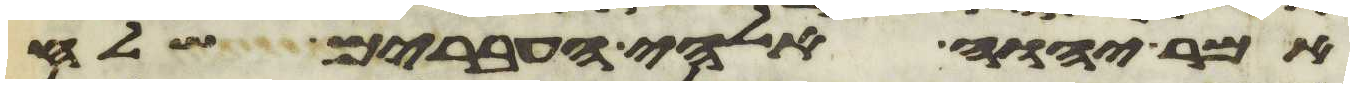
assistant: אמר יהוה אלהי העברים שלח